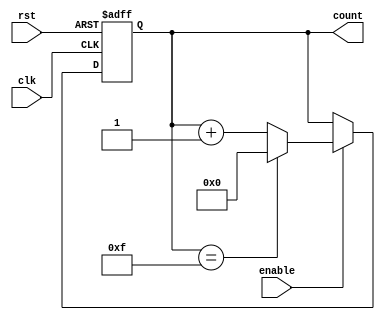
module memory_blocks_up_counter (
    input wire clk,               // Clock signal
    input wire rst,               // Reset signal (active high)
    input wire enable,            // Enable signal
    output reg [N-1:0] count      // Output count value
);

parameter N = 4; // Bit-width of the counter - Adjustable parameter

// Counter logic
always @(posedge clk or posedge rst) begin
    if (rst) begin
        count <= 0;                // Reset the counter to zero
    end else if (enable) begin
        // Increment the count
        if (count == (2**N - 1)) begin
            count <= 0;            // Wrap around on overflow
        end else begin
            count <= count + 1;    // Increment count
        end
    end
end

endmodule